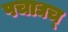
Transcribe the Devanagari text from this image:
पचाद्यच्